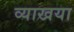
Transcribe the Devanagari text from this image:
व्याखया